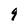
Character: 4